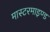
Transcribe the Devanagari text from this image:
मास्टरमाइण्ड